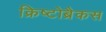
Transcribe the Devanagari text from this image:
क्रिष्टोब्रैकस